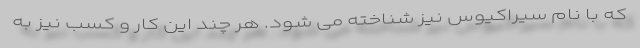
که با نام سیراکیوس نیز شناخته می شود. هر چند این کار و کسب نیز به